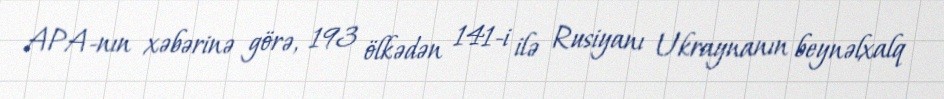
APA-nın xəbərinə görə, 193 ölkədən 141-i ilə Rusiyanı Ukraynanın beynəlxalq